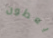
يعطون